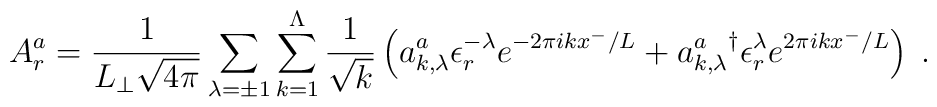
A_r^a = \frac{1}{L_{\perp} \sqrt{4 \pi}}	\sum_{\lambda=\pm 1}        \sum_{k=1}^\Lambda \frac{1}{\sqrt{k}}\left(	a_{k,\lambda}^a \epsilon_r^{-\lambda} e^{-2 \pi i k x^-/L}      +{a_{k,\lambda}^a}^{\dag} \epsilon_r^{\lambda}	                e^{2 \pi i k x^-/L}	\right) \; .